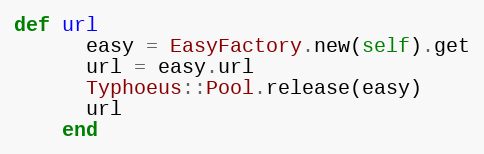
Language: Ruby
def url
      easy = EasyFactory.new(self).get
      url = easy.url
      Typhoeus::Pool.release(easy)
      url
    end